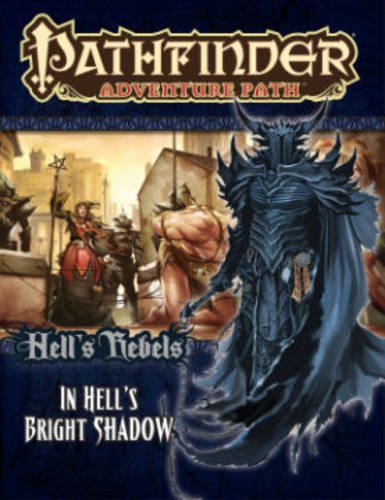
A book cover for Pathfinder Adventure Path: Hell's Rebels Part 1 - In Hell's Bright Shadow; Crystal Fraiser; Science Fiction & Fantasy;